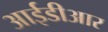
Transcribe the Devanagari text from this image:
आईडीआर